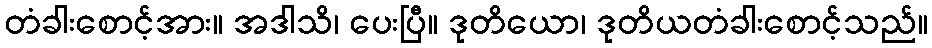
တံခါးစောင့်အား။ အဒါသိ၊ ပေးပြီ။ ဒုတိယော၊ ဒုတိယတံခါးစောင့်သည်။